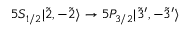
5 S _ { 1 / 2 } | \Tilde { 2 } , - \Tilde { 2 } \rangle \rightarrow 5 P _ { 3 / 2 } | \Tilde { 3 } ^ { \prime } , - \Tilde { 3 } ^ { \prime } \rangle